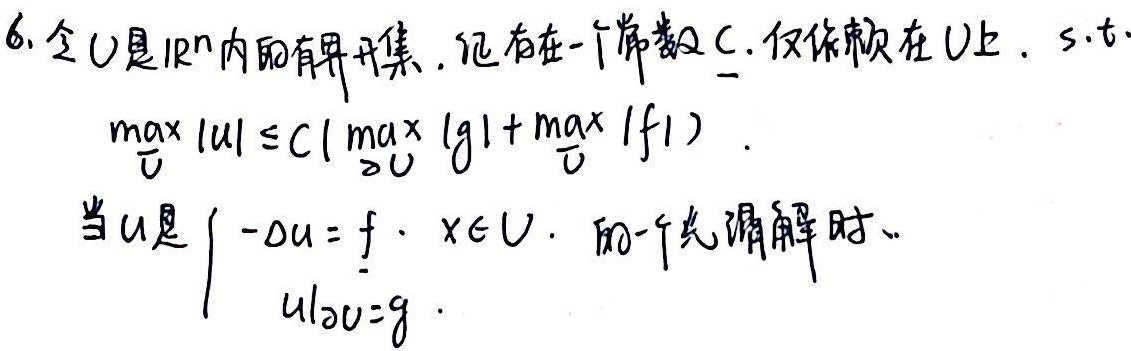
6. 令\(U\)是\(\mathbb{R}^{n}\)内的有界开集。证明存在一个常数\(C\)，仅依赖于\(U\)，使得
当\(u\)是\(\begin{cases}-\Delta u = f, & x\in U\\\left.u\right|_{\partial U}=g\end{cases}\)的一个光滑解时，有
\[\max_{\overline{U}}|u|\leq C\left(\max_{\partial U}|g|+\max_{\overline{U}}|f|\right)\]